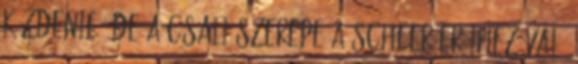
küzdenie, de a csali szerepe a Scheer erőihez való